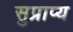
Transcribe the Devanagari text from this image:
सुप्राप्य